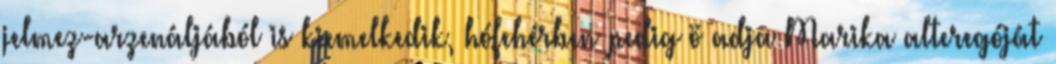
jelmez-arzenáljából is kiemelkedik, hófehérben pedig ö adja Marika alteregóját